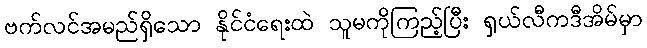
ဗက်လင်အမည်ရှိသော နိုင်ငံရေးထဲ သူမကိုကြည့်ပြီး ရှယ်လီကဒီအိမ်မှာ